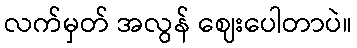
လက်မှတ် အလွန် ဈေးပေါတာပဲ။